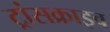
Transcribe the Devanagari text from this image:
ट्रांसक्राइव